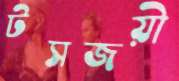
টসজয়ী